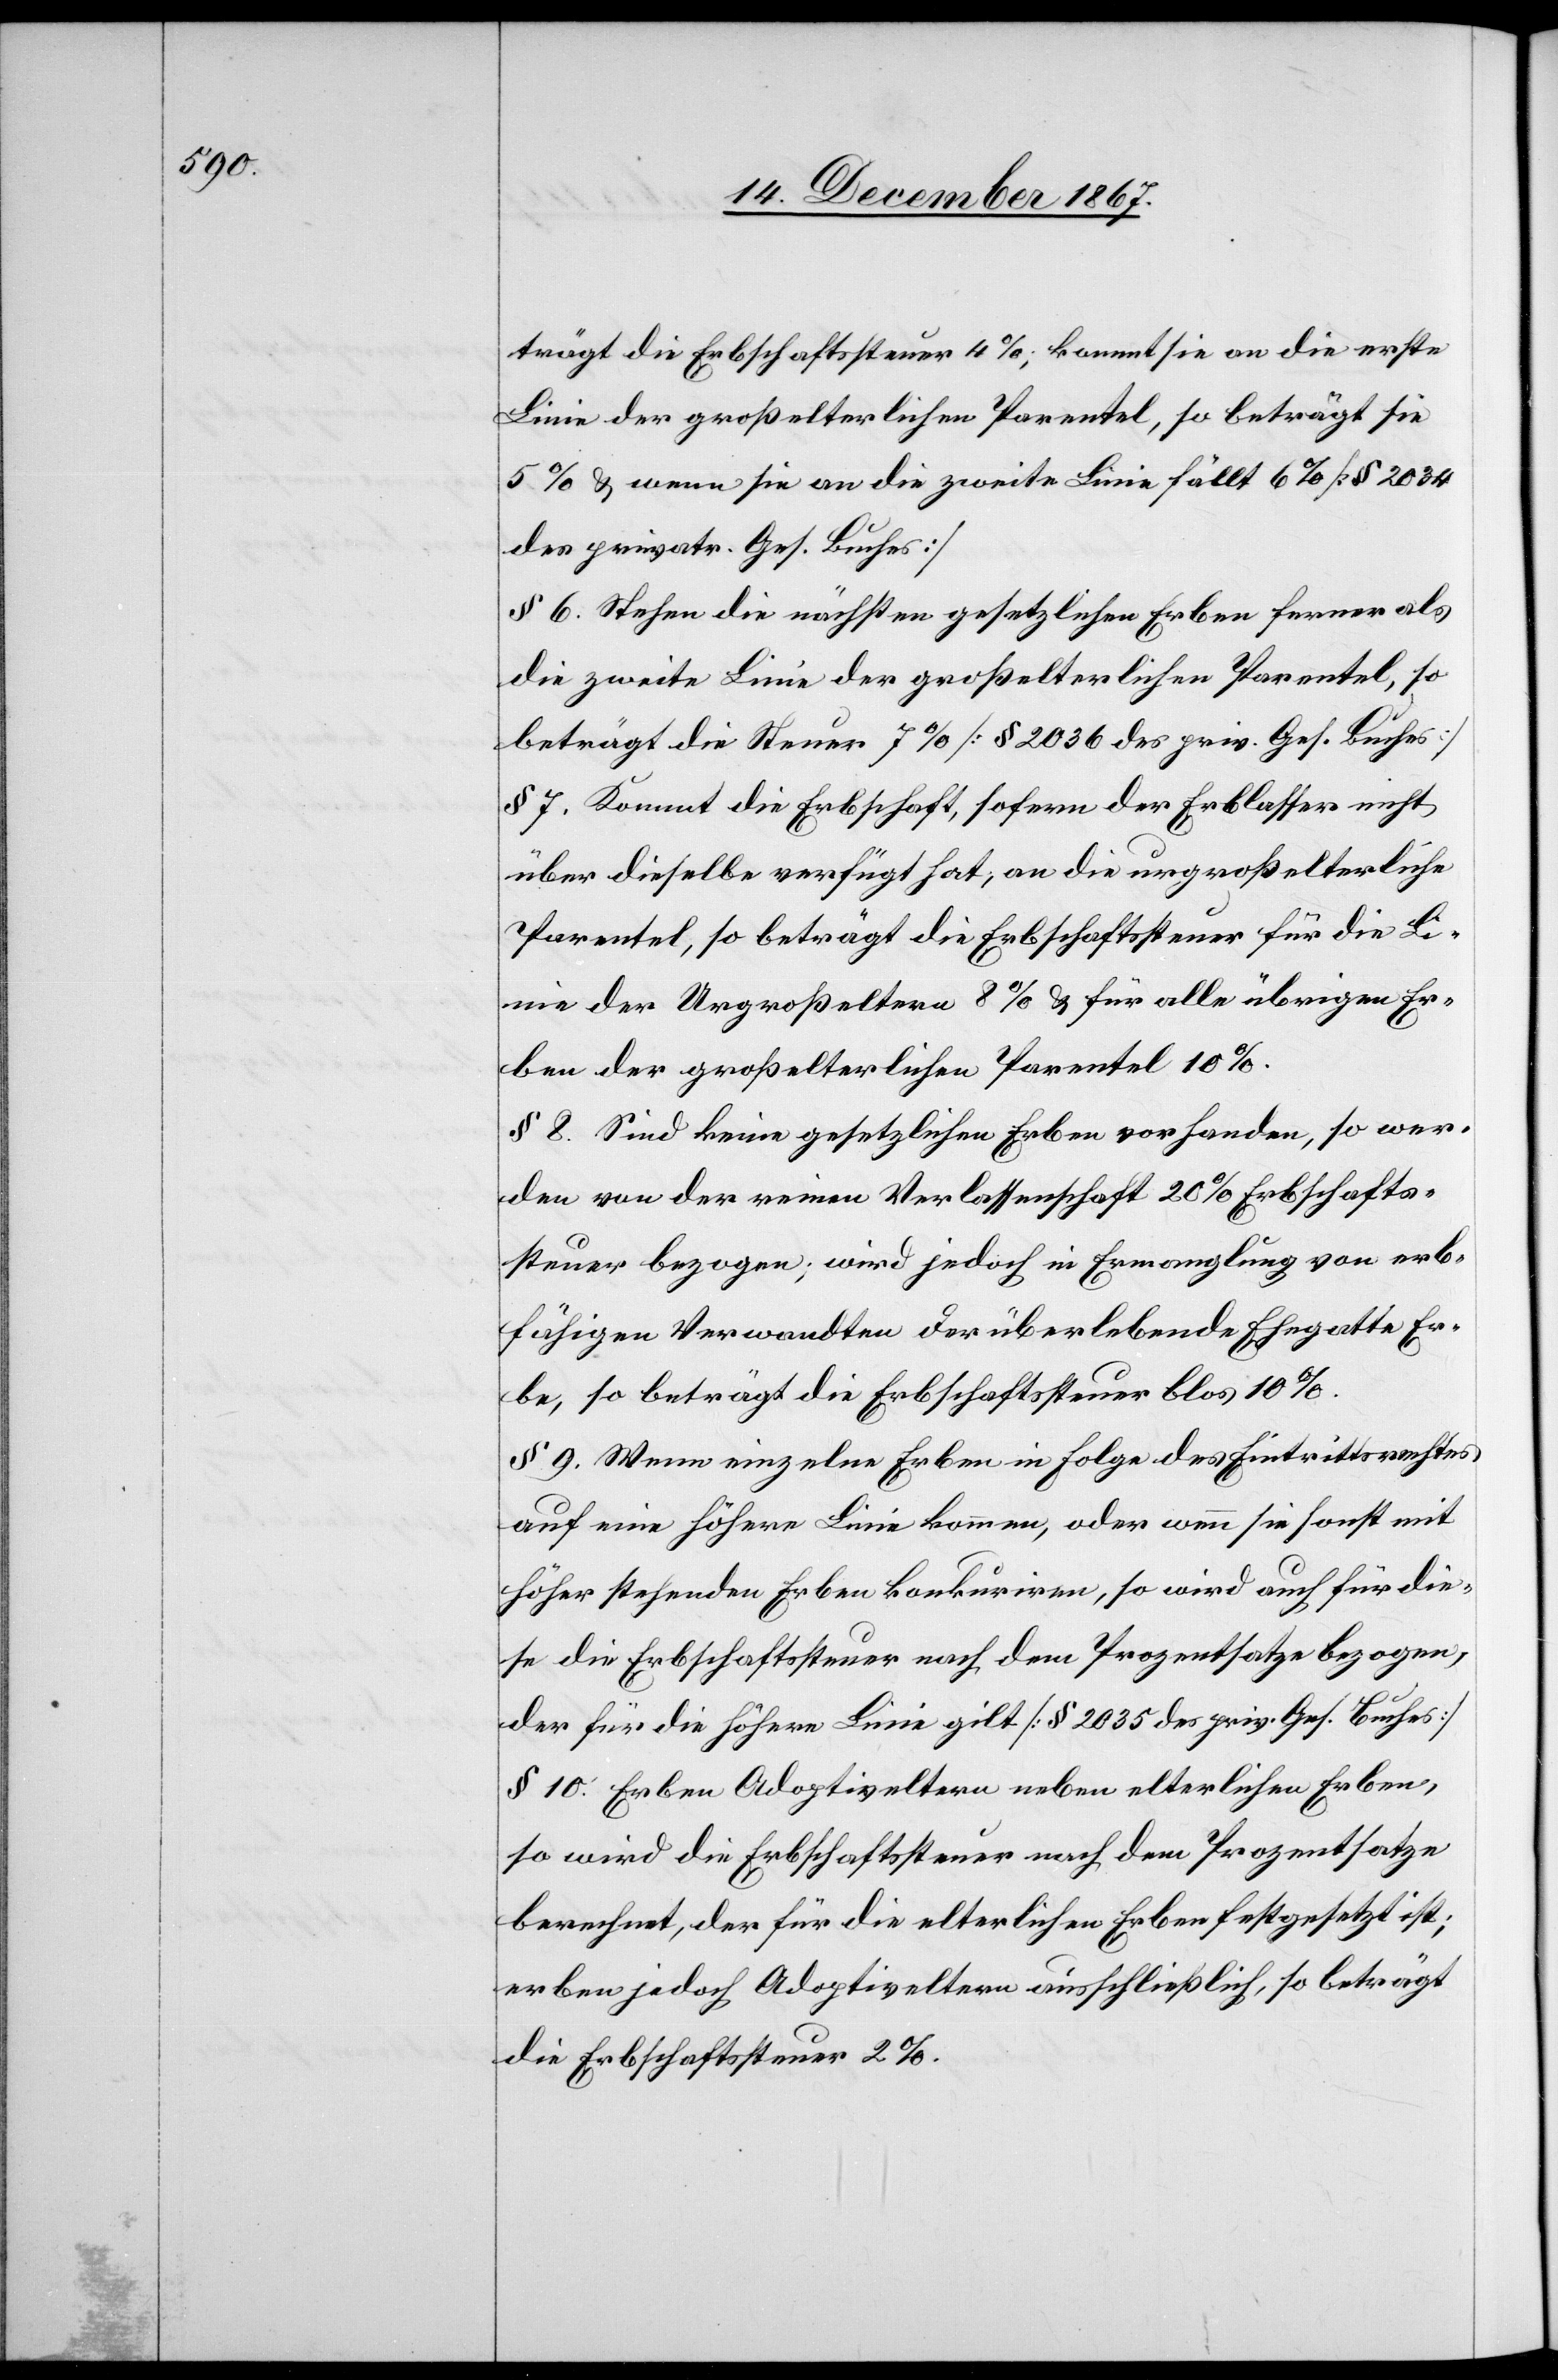
trägt die Erbschaftssteuer 4%; kommt sie an die erste
Linie der großelterlichen Parentel, so beträgt sie
5%, u. wenn sie an die zweite Linie fällt 6% [§ 2034
des privatr. Ges. Buches]
§ 6. Stehen die nächsten gesetzlichen Erben ferner als
die zweite Linie der großelterlichen Parentel, so
beträgt die Steuer 7% [§ 2036 des priv. Ges. Buches]
§ 7. Kommt die Erbschaft, sofern der Erblasser nicht
über dieselbe verfügt hat, an die urgroßelterliche
Parentel, so beträgt die Erbschaftssteuer für die Li¬
nie der Urgroßeltern 8% u. für alle übrigen Er¬
ben der großelterlichen Parentel 10%.
§ 8. Sind keine gesetzlichen Erben vorhanden, so wer¬
den von der reinen Verlassenschaft 20% Erbschafts¬
steuer bezogen; wird jedoch in Ermanglung von erb¬
fähigen Verwandten der überlebende Ehegatte Er¬
be, so beträgt die Erbschaftssteuer blos 10%.
§ 9. Wenn einzelne Erben in Folge des Eintrittsrechtes
auf eine höhere Linie kommen, oder wenn sie sonst mit
höher stehenden Erben konkuriren, so wird auch für die¬
se die Erbschaftssteuer nach dem Prozentsatze bezogen,
der für die höhere Linie gilt [§ 2035 des priv. Ges. Buches]
§ 10. Erben Adoptiveltern neben elterlichen Erben,
so wird die Erbschaftssteuer nach dem Prozentsatze
berechnet, der für die elterlichen Erben festgesetzt ist;
erben jedoch Adoptiveltern ausschließlich, so beträgt
die Erbschaftssteuer 2%.